Sketch of the medical history of the native army of Bombay, for the year
Year: 1876
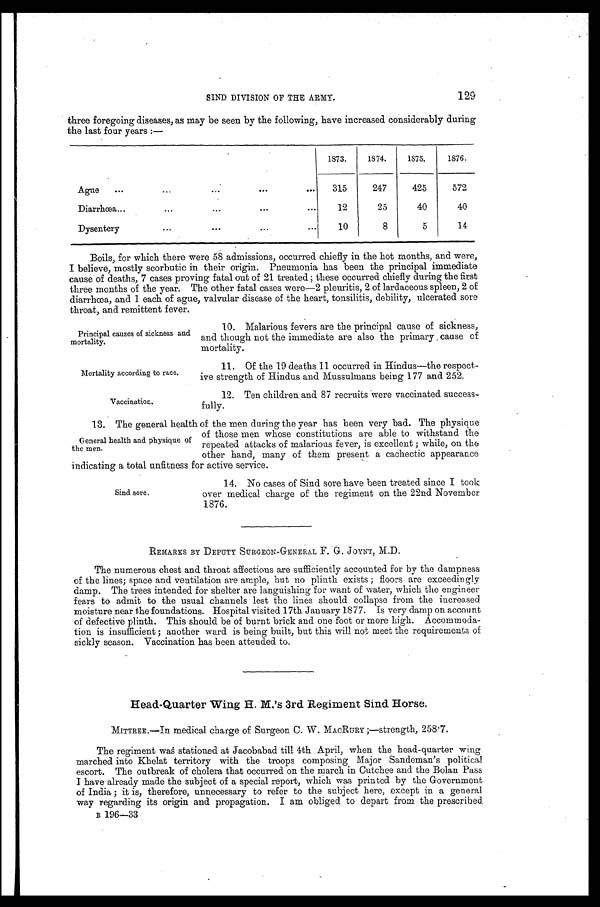
Principal causes of sickness and
mortality.
Mortality according to race.
Vaccination.
SIND DIVISION OF THE ARMY.
129
three foregoing diseases, as may be seen by the following, have increased considerably during
the last four years :—
1873.
1874.
1875.
1876.
Ague
...
...
...
...
. . .
315
247
425
572
Diarrhœa...
...
. . .
. . .
12
25
40
40
Dysentery
...
...
...
...
10
8
5
14
Boils, for which there were 58 admissions, occurred chiefly in the hot months, and were,
I believe, mostly scorbutic in their origin. Pneumonia has been the principal immediate
cause of deaths, 7 cases proving fatal out of 21 treated ; these occurred chiefly during the first
t hr ee mont hs of t he year . The ot her f at al cases wer e—2 pl eur i t i s, 2 of l ar daceous spl een, 2 of
diarrhœa, and 1 each of ague, valvular disease of the heart, tonsilitis, debility, ulcerated sore
throat, and remittent fever.
10. Malarious fevers are the principal cause of sickness,
and though not the immediate are also the primary cause of
mortality.
11. Of the 19 deaths 11 occurred in Hindus—the respect-
ive strength of Hindus and Mussulmans being 177 and 252.
12. Ten children and 87 recruits were vaccinated success-
fully.
13. The general health of the men during the year has been very bad. The physique
of those men whose constitutions are able to withstand the
repeated attacks of malarious fever, is excellent ; while, on the
other hand, many of them present a cachectic appearance
indicating a total unfitness for active service.
General health and physique of
the men.
Sind sore,
14. No cases of Sind sore have been treated since I took
over medical charge of the regiment on the 22nd November
1876.
REMARKS BY DEPUTY SURGEON-GENERAL F. G. JOYNT, M.D.
The numerous chest and throat affections are sufficiently accounted for by the dampness
of the lines; space and ventilation are ample, but no plinth exists ; floors are exceedingly
damp. The trees intended for shelter are languishing for want of water, which the engineer
fears to admit to the usual channels lest the lines should collapse from the increased
moisture near the foundations. Hospital visited 17th January 1877. Is very damp on account
of defective plinth. This should be of burnt brick and one foot or more high. Accommoda-
tion is insufficient ; another ward is being built, but this will not meet the requirements of
sickly season. Vaccination has been attended to.
Head-Quarter Wing H. M.'s 3rd Regiment Sind Horse.
MITTREE.—In medical charge of Surgeon C. W. MACRURY ;—strength, 258.7.
The regiment was stationed at Jacobabad till 4th April, when the head-quarter wing
marched into Khelat territory with the troops composing Major Sandeman's political
escort. The outbreak of cholera that occurred on the march in Cutchee and the Bolan Pass
I have already made the subject of a special report, which was printed by the Government
of India ; it is, therefore, unnecessary to refer to the subject here, except in a general
way regarding its origin and propagation. I am obliged to depart from the prescribed.
196—33